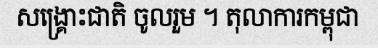
សង្គ្រោះជាតិ ចូលរួម ។ តុលាការកម្ពុជា